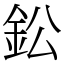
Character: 鈆